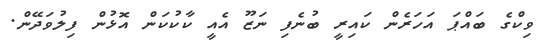
ވިކްގެ ބައްޕަ އަހަރެން ކައިރީ ބުނެފި ނަޒޫ އެއީ ކާކުކަން އޮޅުން ފިލުވަދޭން.